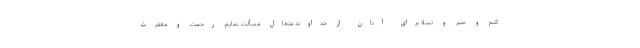
کنم و صبر و تسلّا برای آنان از خداوند متعال مسألت نمایم. رحمت و مغفرت